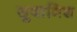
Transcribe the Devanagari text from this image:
सुवामिश